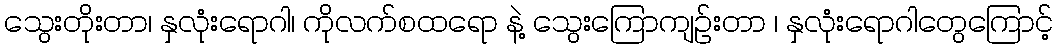
သွေးတိုးတာ၊ နှလုံးရောဂါ၊ ကိုလက်စထရော နဲ့ သွေးကြောကျဉ်းတာ ၊ နှလုံးရောဂါတွေကြောင့်